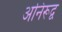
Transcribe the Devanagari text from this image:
अनिरूद्व